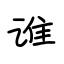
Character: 谁